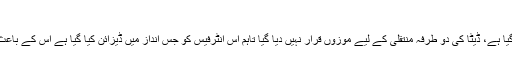
پیرلل انٹرفیس
اصل پیرلل انٹرفیس جو IBM کی طرف سے مہیا کیا گیا ہے، ڈیٹا کی دو طرفہ منتقلی کے لیے موزوں قرار نہیں دیا گیا تاہم اس انٹرفیس کو جس انداز میں ڈیزائن کیا گیا ہے اس کے باعث ڈیٹا کی دو طرفہ (بائی ڈائریکشنل) منتقلی ممکن ہے۔